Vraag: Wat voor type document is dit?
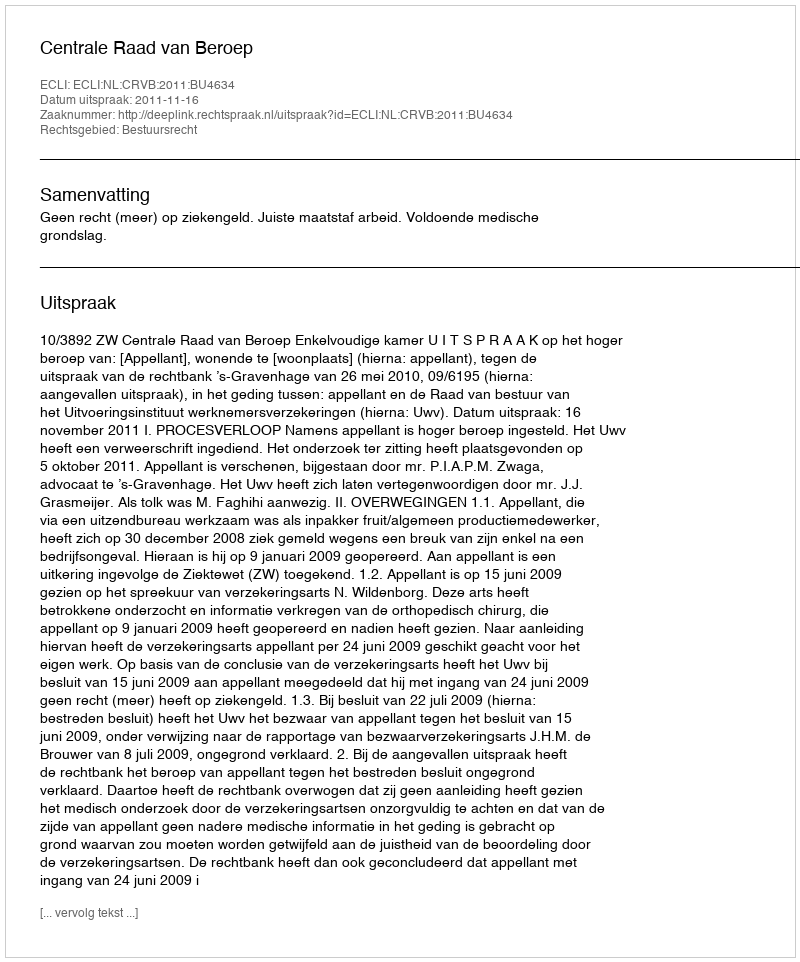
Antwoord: Uitspraak